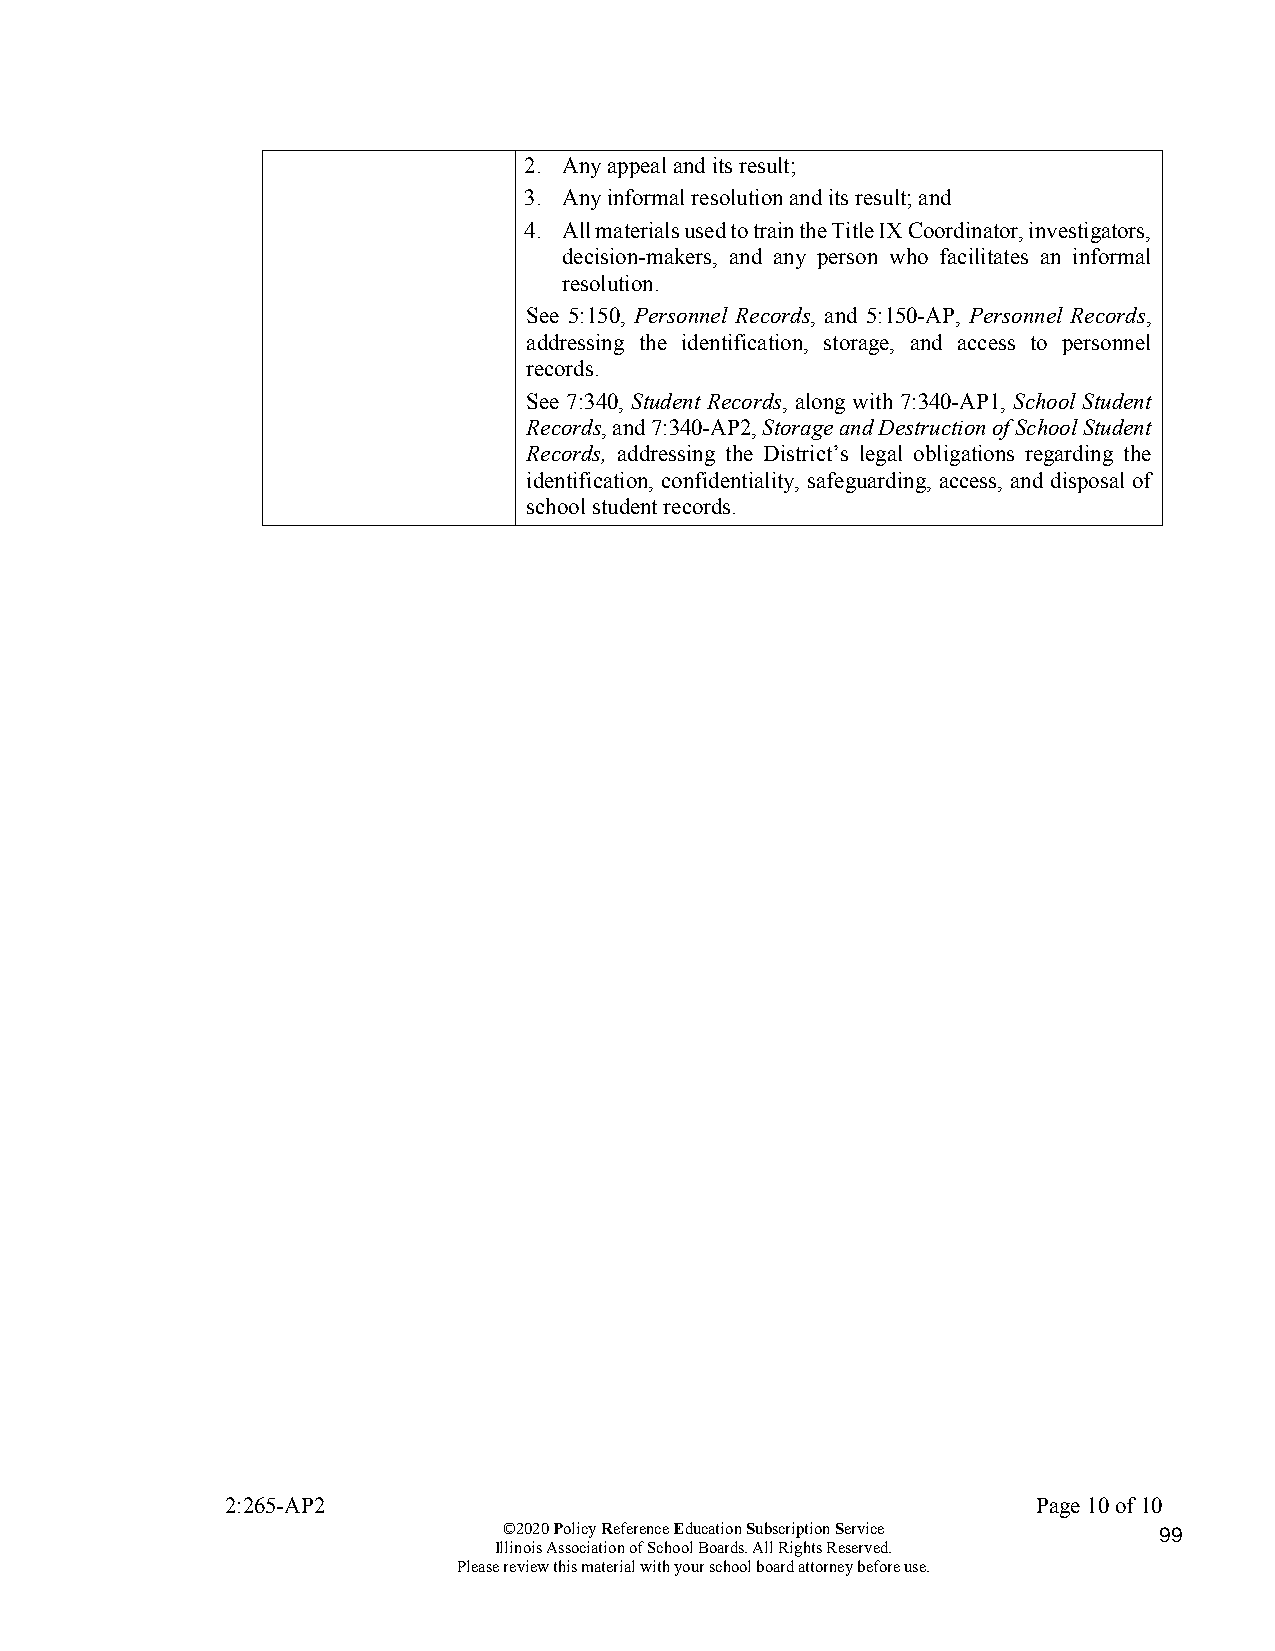
2. Any appeal and its result;
 3. Any informal resolution and its result; and
 4. All materials used to train the Title IX Coordinator, investigators,
 decision-makers, and any person who facilitates an informal
 resolution.
 See 5:150, Personnel Records, and 5:150-AP, Personnel Records,
 addressing the identification, storage, and access to personnel
 records.
 See 7:340, Student Records, along with 7:340-AP1, School Student
 Records, and 7:340-AP2, Storage and Destruction of School Student
 Records, addressing the District’s legal obligations regarding the
 identification, confidentiality, safeguarding, access, and disposal of
 school student records.
 2:265-AP2                                             Page 10 of 10
 ©2020 Policy Reference Education Subscription Service 99
 Illinois Association of School Boards. All Rights Reserved.
 Please review this material with your school board attorney before use.